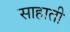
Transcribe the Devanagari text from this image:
साहाती